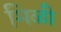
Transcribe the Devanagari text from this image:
मिळी